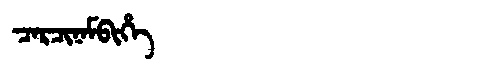
Manchu: ᠴᠠᡵᠴᡳᠨᠠᠮᠪᡳᡥᡝ
Romanization: CARCINAMBIHE